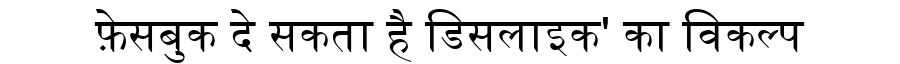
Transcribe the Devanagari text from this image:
फ़ेसबुक दे सकता है डिसलाइक' का विकल्प